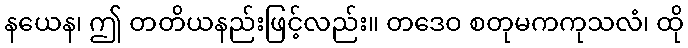
နယေန၊ ဤ တတိယနည်းဖြင့်လည်း။ တဒေဝ စတုမကကုသလံ၊ ထို